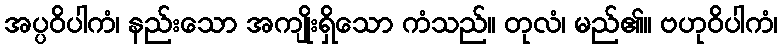
အပ္ပဝိပါကံ၊ နည်းသော အကျိုးရှိသော ကံသည်။ တုလံ၊ မည်၏။ ဗဟုဝိပါကံ၊